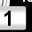
Digit: 1